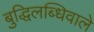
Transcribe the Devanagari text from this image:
बुद्धिलब्धिवाले